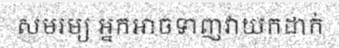
សមរម្យ អ្នកអាចទាញវាយកដាក់